Lunatic asylums in Bengal annual reports 1888-1898 - 1888-1898
Year: 1888
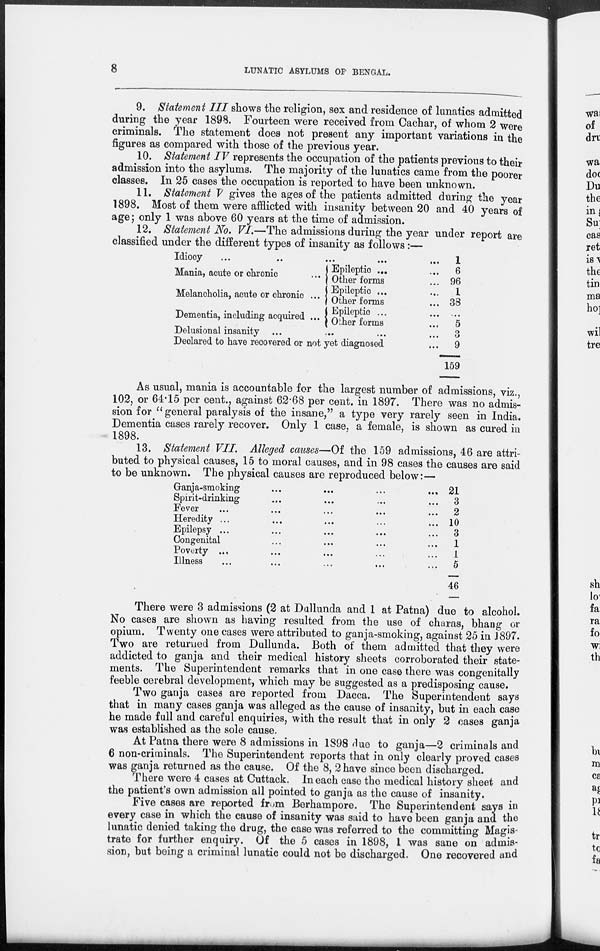
8
LUNATIC ASYLUMS OF BENGAL.
9. Statement III shows the religion, sex and residence of lunatics admitted
during the year 1898. Fourteen were received from Cachar, of whom 2 were
criminals. The statement does not present any important variations in the
figures as compared with those of the previous year.
10. Statement IV represents the occupation of the patients previous to their
admission into the asylums. The majority of the lunatics came from the poorer
classes. In 25 cases the occupation is reported to have been unknown.
11. Statement V gives the ages of the patients admitted during the year
1898. Most of them were afflicted with insanity between 20 and 40 years of
age ; only 1 was above 60 years at the time of admission.
12. Statement No. VI.—The admissions during the year under report are
classified under the different types of insanity as follows :—
Idiocy
...
...
...
...
...
Mania, acute or chronic
...
Melancholia, acute or chronic ...
Dementia, including acquired ...
Epileptic ... ...
Other forms ... ...
Epileptic ... ...
Other forms ...
Epileptic ... ...
Other forms ...
Delusional insanity ... ... ... ...
Declared to have recovered or not yet diagnosed ...
1
6
96
1
38
...
5
3
9
159
As usual, mania is accountable for the largest number of admissions, viz.,
102, or 64.15 per cent., against 62.68 per cent. in 1897. There was no admis-
sion for " general paralysis of the insane," a type very rarely seen in India.
Dementia cases rarely recover. Only 1 case, a female, is shown as cured in
1898.
13. Statement VII. Alleged causes—Of the 159 admissions, 46 are attri-
buted to physical causes, 15 to moral causes, and in 98 cases the causes are said
to be unknown. The physical causes are reproduced below:—
Ganja-smoking ... ... ... ...
Spirit-drinking ... ... ... ...
Fever
...
...
...
...
...
Heredity ... ... ... ...
Epilepsy ... ... ... ...
Congenital ... ... ... ...
Poverty ... ... ... ...
Illness ... ... ... ... ...
21
3
2
10
3
1
1
5
46
There were 3 admissions (2 at Dullunda and 1 at Patna) due to alcohol.
No cases are shown as having resulted from the use of charas, bhang or
opium. Twenty one cases were attributed to ganja-smoking, against 25 in 1897.
Two are returned from Dullunda. Both of them admitted that they were
addicted to ganja and their medical history sheets corroborated their state-
ments. The Superintendent remarks that in one case there was congenitally
feeble cerebral development, which may be suggested as a predisposing cause.
Two ganja cases are reported from Dacca. The Superintendent says
that in many cases ganja was alleged as the cause of insanity, but in each case
he made full and careful enquiries, with the result that in only 2 cases ganja
was established as the sole cause.
At Patna there were 8 admissions in 1898 due to ganja—2 criminals and
6 non-criminals. The Superintendent reports that in only clearly proved cases
was ganja returned as the cause. Of the 8, 2 have since been discharged.
There were 4 cases at Cuttack. In each case the medical history sheet and
the patient's own admission all pointed to ganja as the cause of insanity.
Five cases are reported from Berhampore. The Superintendent says in
every case in which the cause of insanity was said to have been ganja and the
lunatic denied taking the drug, the case was referred to the committing Magis-
trate for further enquiry. Of the 5 cases in 1898, 1 was sane on admis-
sion, but being a criminal lunatic could not be discharged. One recovered and